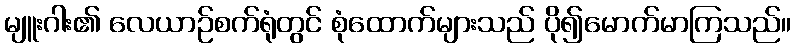
မျူးဂါး၏ လေယာဉ်စက်ရုံတွင် စုံထောက်များသည် ပို၍မောက်မာကြသည်။